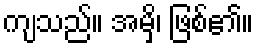
ကျသည်။ အမှိ၊ ဖြစ်၏။